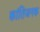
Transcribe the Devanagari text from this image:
कांतिजनक